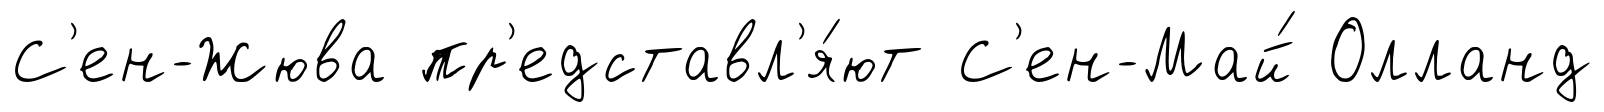
С'ен-Жюва пр'едставл'я́ют С'ен-Май́ Олланд